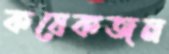
কযেকজন